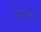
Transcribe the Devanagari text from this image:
ग्राउंडवर